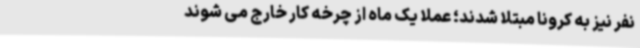
نفر نیز به کرونا مبتلا شدند؛ عملا یک ماه از چرخه کار خارج می شوند